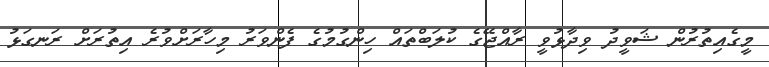
މީގެއިތުރުން ޝަވީދު ވިދާޅުވީ ރާއްޖޭގެ ކުލަބްތައް ހިންގުމުގެ ފެންވަރު މިހާރަށްވުރެ އިތުރަށް ރަނގަޅު